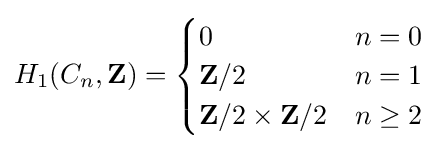
H_{1}(C_{n},\mathbf {Z} )={\begin{cases}0&n=0\\\mathbf {Z} /2&n=1\\\mathbf {Z} /2\times \mathbf {Z} /2&n\geq 2\end{cases}}